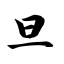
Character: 旦